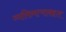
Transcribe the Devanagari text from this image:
व्यक्तिमत्वाबद्दल